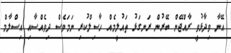
އޭނާ ވިދާޅުވީ ރާއްޖޭން ބޭރުން ރަނގަޅު ތައުލީމެއް ހާސިލްކުރި ނަމަވެސް ދިވެއްސާއި އިސްލާމް